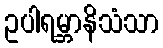
ဥပါရမ္ဘာနိသံသာ